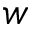
w